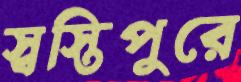
স্বস্তিপুরে